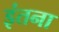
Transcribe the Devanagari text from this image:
इंतना